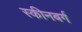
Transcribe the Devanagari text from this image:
स्कीनबर्ग